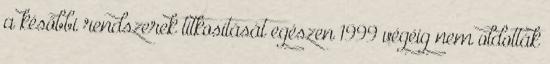
a későbbi rendszerek titkosítását egészen 1999 végéig nem oldották